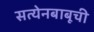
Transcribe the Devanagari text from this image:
सत्येनबाबूची